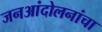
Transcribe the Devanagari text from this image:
जनआंदोलनांचा